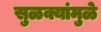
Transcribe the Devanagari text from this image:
सुळक्यांमुळे